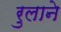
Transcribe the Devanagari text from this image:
रुलाने